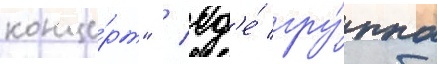
конце́рт" / гд'е́ гру́ппа